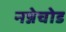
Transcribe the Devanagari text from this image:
नन्नेचोड